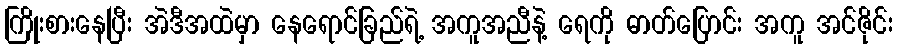
ကြိုးစားနေပြီး အဲဒီအထဲမှာ နေရောင်ခြည်ရဲ့ အကူအညီနဲ့ ရေကို ဓာတ်ပြောင်း အကူ အင်ဇိုင်း